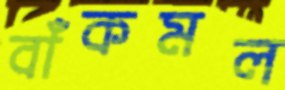
বাঁকমল